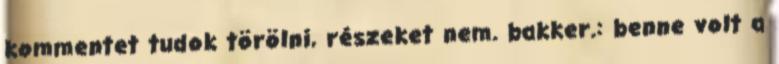
kommentet tudok törölni, részeket nem. bakker.: benne volt a